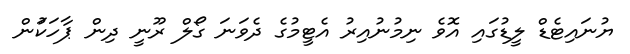
ޔުނައިޓެޑް ލީޑުގައި އޮވެ ނިމުނުއިރު އެޓީމުގެ ދެވަނަ ގޯލް ރޫނީ ދިން ޕާހަކަުން